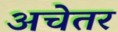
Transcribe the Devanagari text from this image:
अचेतर